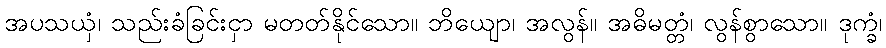
အပသယှံ၊ သည်းခံခြင်းငှာ မတတ်နိုင်သော။ ဘိယျော၊ အလွန်။ အဓိမတ္တံ၊ လွန်စွာသော။ ဒုက္ခံ၊